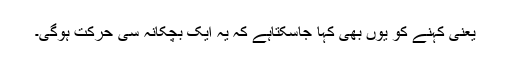
یعنی کہنے کو یوں بھی کہا جاسکتاہے کہ یہ ایک بچکانہ سی حرکت ہوگی۔